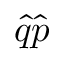
{ \hat { q } } { \hat { p } }